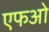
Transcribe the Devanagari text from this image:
एफओ